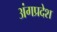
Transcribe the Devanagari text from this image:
अंगप्रदेश